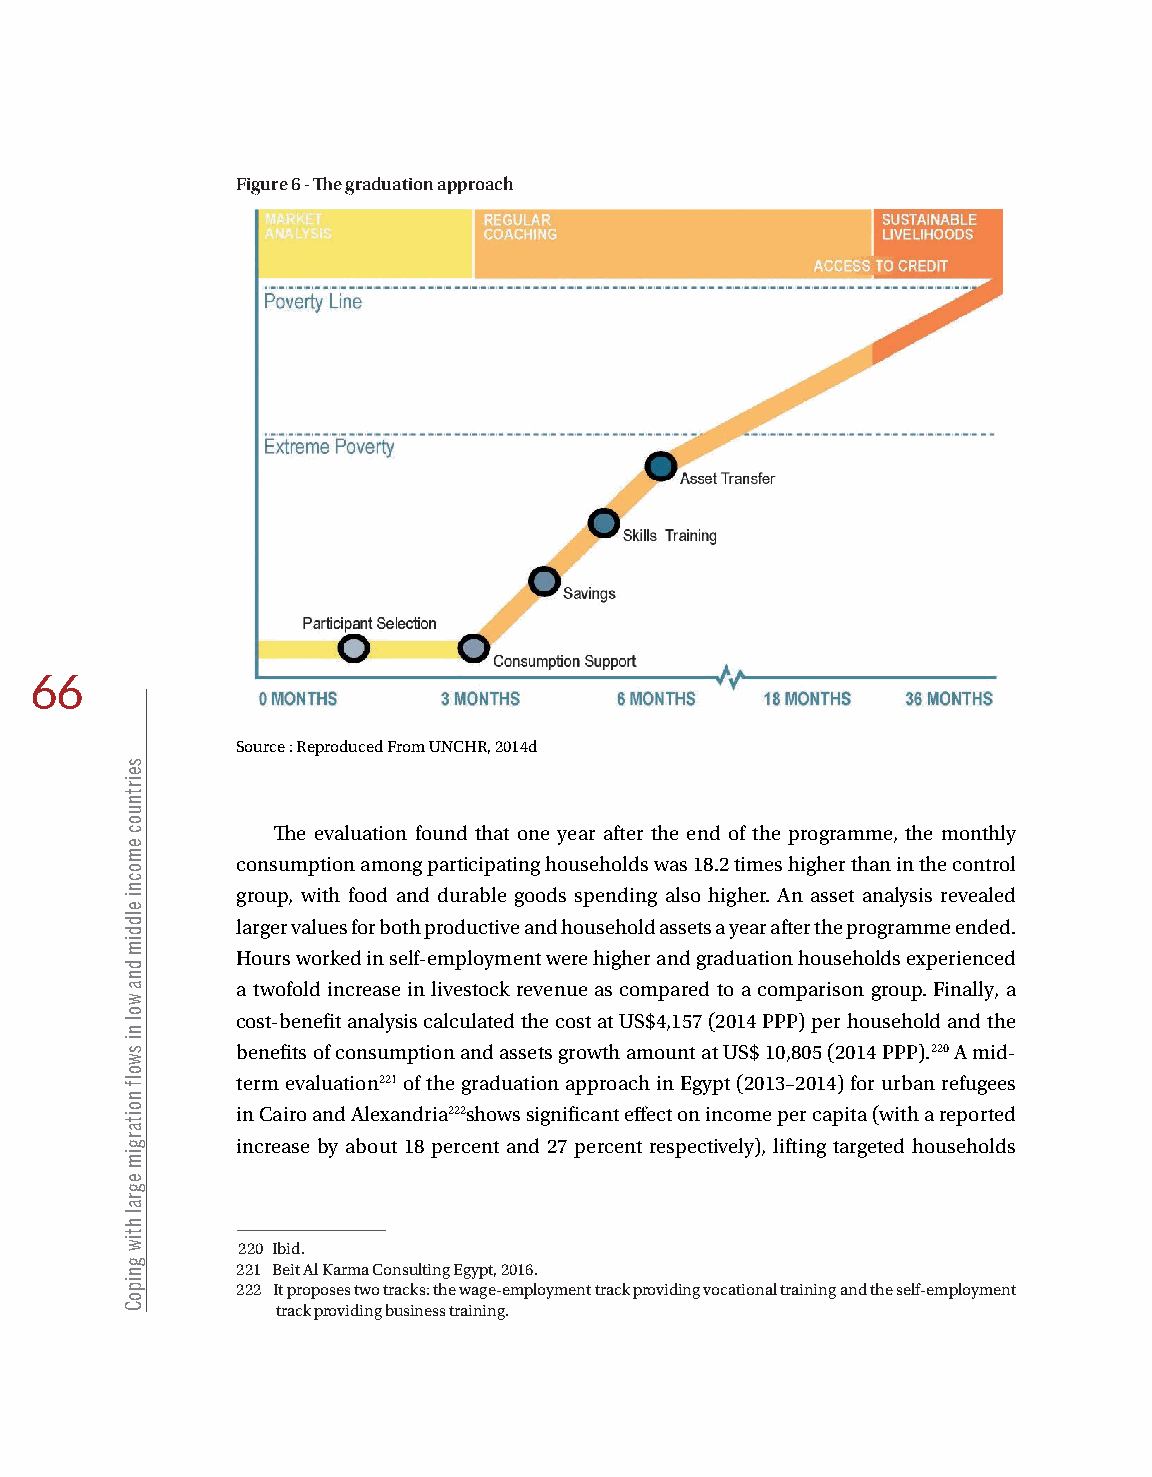
Figure 6 - The graduation approach
 66
 Source : Reproduced From UNCHR, 2014d
 The evaluation found that one year after the end of the programme, the monthly
 consumption among participating households was 18.2 times higher than in the control
 group, with food and durable goods spending also higher. An asset analysis revealed
 larger values for both productive and household assets a year after the programme ended.
 Hours worked in self-employment were higher and graduation households experienced
 a twofold increase in livestock revenue as compared to a comparison group. Finally, a
 cost-benefit analysis calculated the cost at US$4,157 (2014 PPP) per household and the
 benefits of consumption and assets growth amount at US$ 10,805 (2014 PPP).220 A mid-
 term evaluation221 of the graduation approach in Egypt (2013–2014) for urban refugees
 in Cairo and Alexandria222shows significant effect on income per capita (with a reported
 increase by about 18 percent and 27 percent respectively), lifting targeted households
 220 Ibid.
 221 Beit Al Karma Consulting Egypt, 2016.
 222 It proposes two tracks: the wage-employment track providing vocational training and the self-employment
 track providing business training.
 seirtnuoc
 emocni
 elddim
 dna
 wol
 ni
 swolf
 noitargim
 egral
 htiw
 gnipoC